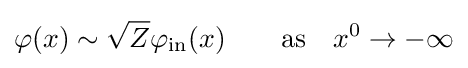
\varphi (x)\sim {\sqrt {Z}}\varphi _{\mathrm {in} }(x)\qquad \mathrm {as} \quad x^{0}\to -\infty